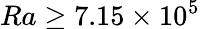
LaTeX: Ra\geq 7.15\times 10^{5}